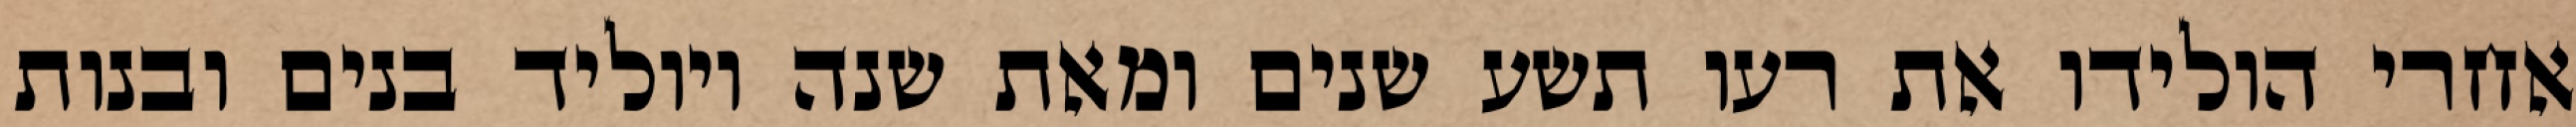
אחרי הולידו את רעו תשע שנים ומאת שנה ויוליד בנים ובנות